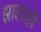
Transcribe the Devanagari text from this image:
झालाही